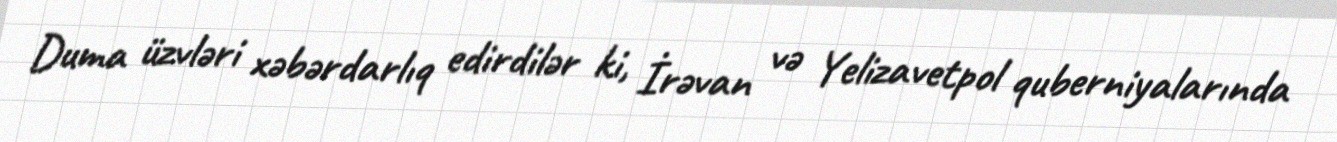
Duma üzvləri xəbərdarlıq edirdilər ki, İrəvan və Yelizavetpol quberniyalarında